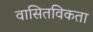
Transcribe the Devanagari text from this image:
वासितविकता